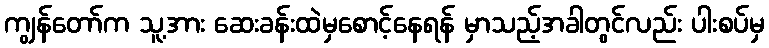
ကျွန်တော်က သူ့အား ဆေးခန်းထဲမှစောင့်နေရန် မှာသည့်အခါတွင်လည်း ပါးစပ်မှ